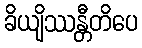
ခိယျိဿန္တီတိပေ